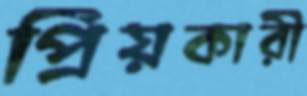
প্রিয়কারী